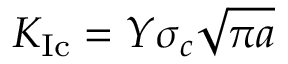
K _ { \mathrm { { I c } } } = Y \sigma _ { c } { \sqrt { \pi a } }